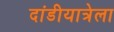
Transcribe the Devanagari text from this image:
दांडीयात्रेला